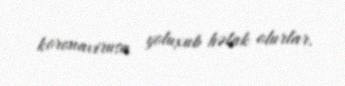
koronavirusa yoluxub həlak olurlar.